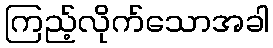
ကြည့်လိုက်သောအခါ